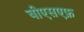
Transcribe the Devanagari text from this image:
बीएसएफ़